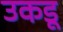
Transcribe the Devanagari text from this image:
उकडू